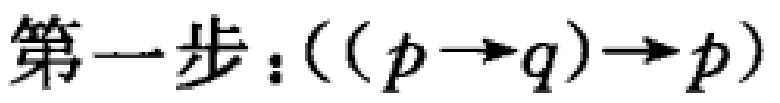
第一步：\(((p\rightarrow q)\rightarrow p)\)